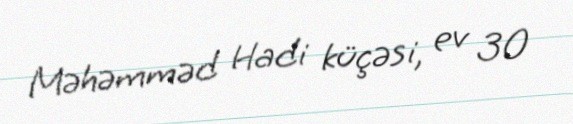
Məhəmməd Hadi küçəsi, ev 30